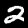
Digit: 2